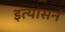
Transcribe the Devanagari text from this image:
इत्यासनं